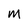
Character: M